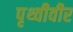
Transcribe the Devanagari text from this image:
पृथ्वीवीर